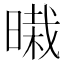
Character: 𰖜